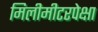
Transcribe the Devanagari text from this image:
मिलीमीटरपेक्षा